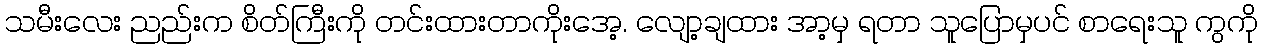
သမီးလေး ညည်းက စိတ်ကြီးကို တင်းထားတာကိုးအေ့. လျော့ချထား အာ့မှ ရတာ သူပြောမှပင် စာရေးသူ ကွကို